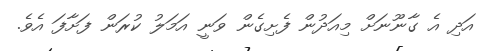
އަދި އެ ގާނޫނަށް މިއަދުން ފެށިގެން ވަނީ އަމަލު ކުރަން ފަށާފަ އެވެ.